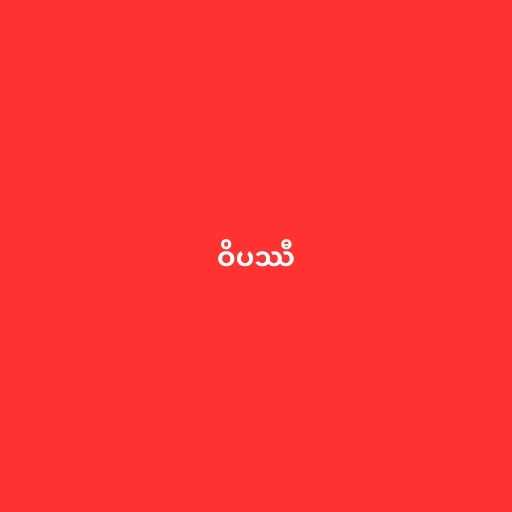
ဝိပဿီ